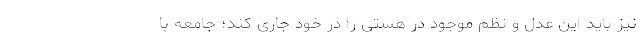
نیز باید این عدل و نظم موجود در هستی را در خود جاری کند؛ جامعه با